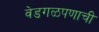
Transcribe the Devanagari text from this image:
वेडगळपणाची